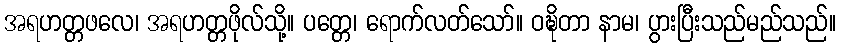
အရဟတ္တဖလေ၊ အရဟတ္တဖိုလ်သို့။ ပတ္တေ၊ ရောက်လတ်သော်။ ဝဍ္ဎိတာ နာမ၊ ပွားပြီးသည်မည်သည်။